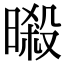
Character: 𣉜